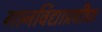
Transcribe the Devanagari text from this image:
गानविद्याप्रवीण